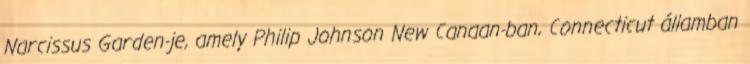
Narcissus Garden-je, amely Philip Johnson New Canaan-ban, Connecticut államban